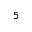
5